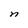
Character: n